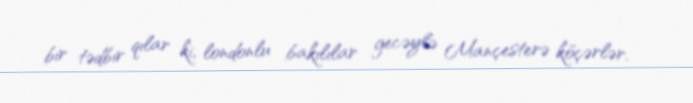
bir tədbir qılar ki, londonlu bakılılar gecəylə Mançesterə köçərlər.